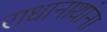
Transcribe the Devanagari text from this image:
राधानाथांना